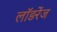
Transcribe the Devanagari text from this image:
लॉङरेंज